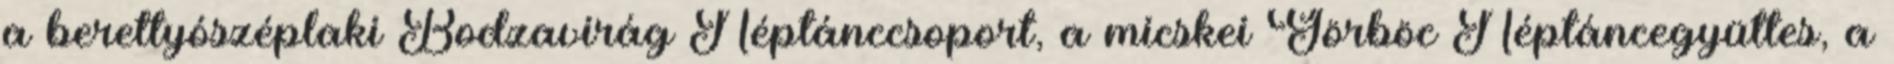
a berettyószéplaki Bodzavirág Néptánccsoport, a micskei Görböc Néptáncegyüttes, a